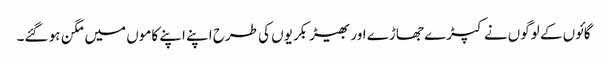
گائوں کے لوگوں نے کپڑے جھاڑے اور بھیڑ بکریوں کی طرح اپنے اپنے کاموں میں مگن ہو گئے۔